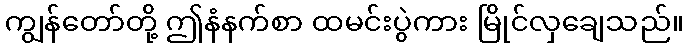
ကျွန်တော်တို့ ဤနံနက်စာ ထမင်းပွဲကား မြိုင်လှချေသည်။